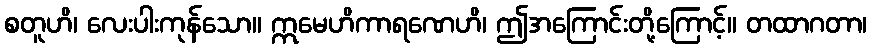
စတူဟိ၊ လေးပါးကုန်သော။ ဣမေဟိကာရဏေဟိ၊ ဤအကြောင်းတို့ကြောင့်။ တထာဂတာ၊